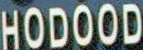
HODOOD